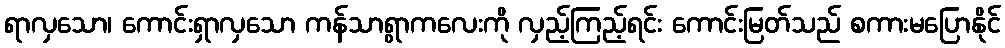
ရာလှသော၊ ကောင်းရှာလှသော ကန်သာရွာကလေးကို လှည့်ကြည့်ရင်း ကောင်းမြတ်သည် စကားမပြောနိုင်